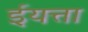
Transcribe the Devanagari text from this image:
ईयत्ता